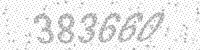
Solution: 383660